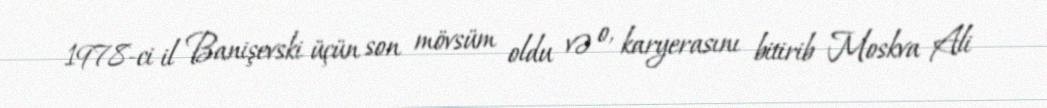
1978-ci il Banişevski üçün son mövsüm oldu və o, karyerasını bitirib Moskva Ali